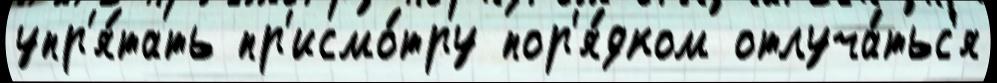
упр'я́тать пр'исмо́тру пор'я́дком отлуча́тьс'я